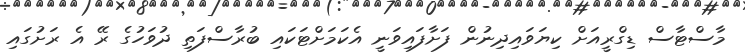
މާސްޓާސް ޑިގްރީއަށް ކިޔަވައިދިނުން ފަށާފައިވަނީ އެކަމަށްޓަކައި ބުރާސްފަތި ދުވަހުގެ ރޭ އެ ރަށުގައި